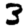
Digit: 3